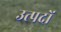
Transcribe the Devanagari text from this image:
उत्पदों